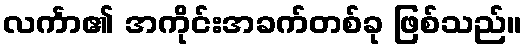
လင်္ကာ၏ အကိုင်းအခက်တစ်ခု ဖြစ်သည်။